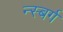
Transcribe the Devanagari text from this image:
न्स्बर्ग